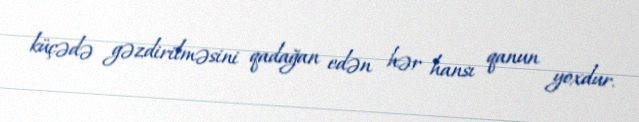
küçədə gəzdirilməsini qadağan edən hər hansı qanun yoxdur.